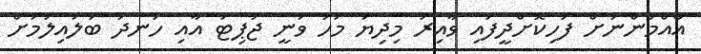
އާއްމުންނަށް ފަހިކޮށްދީފައި ވާއިރު މިދިޔަ މަހު ވަނީ ޖުޕިޓަ އާއި ހަނދު ބަލައިލުމަށް